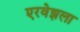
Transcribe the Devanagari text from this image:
एरवेझला